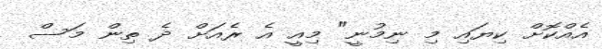
އެއްކޮށް ކިޔައި މި ނިމުނީ" މިއީ އެ ރެއަށް ދެ ތިން މަސް